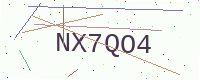
Text: NX7QO4